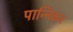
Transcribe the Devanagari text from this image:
पान्निकर